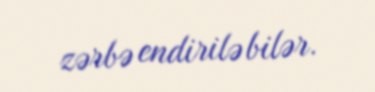
zərbə endirilə bilər.